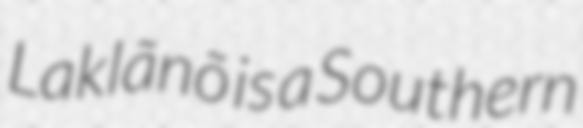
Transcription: Laklãnõ is a Southern